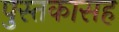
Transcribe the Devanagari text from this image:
पुस्तकासह